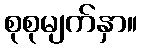
စုစုမျက်နှာ။